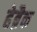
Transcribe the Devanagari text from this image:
हेब्रैक